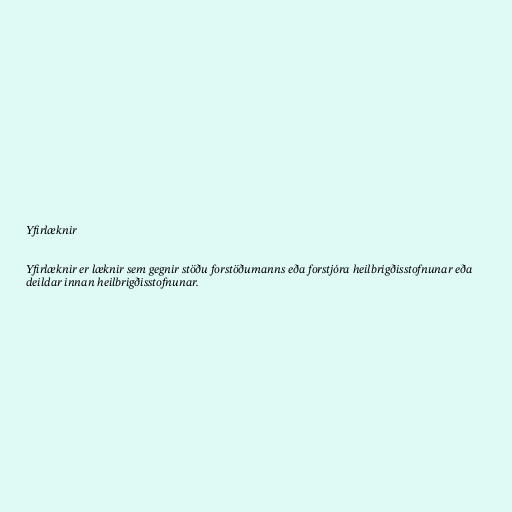
Yfirlæknir

Yfirlæknir er læknir sem gegnir stöðu forstöðumanns eða forstjóra heilbrigðisstofnunar eða
deildar innan heilbrigðisstofnunar.